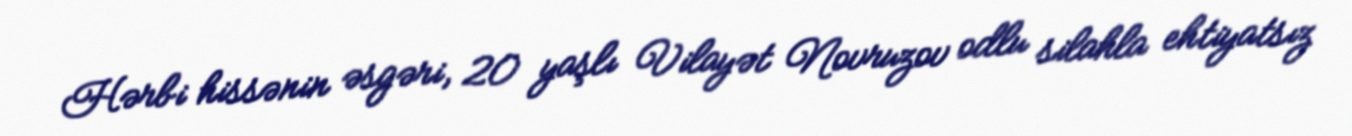
Hərbi hissənin əsgəri, 20 yaşlı Vilayət Novruzov odlu silahla ehtiyatsız